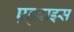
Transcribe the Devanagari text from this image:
एड्वाइस